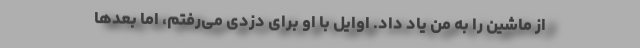
از ماشین را به من یاد داد. اوایل با او برای دزدی می‌رفتم، اما بعدها